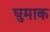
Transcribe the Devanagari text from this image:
घुमाक